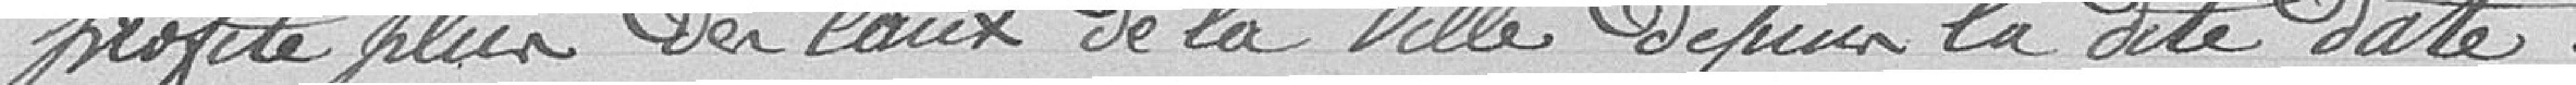
profite plus des eaux de la ville depuis ladite date.